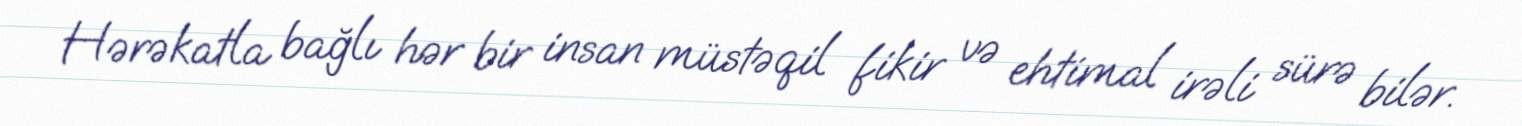
Hərəkatla bağlı hər bir insan müstəqil fikir və ehtimal irəli sürə bilər.